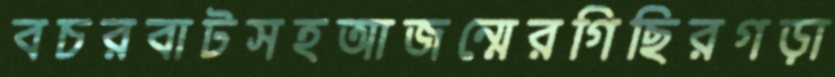
বচরবাটসহআজন্মেরগিছিরগড়া